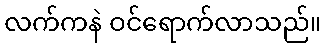
လက်ကနဲ ဝင်ရောက်လာသည်။